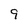
Character: 9